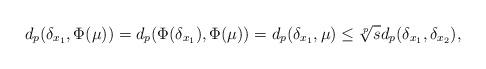
LaTeX: \begin{align*} d_p(\delta_{x_1},\Phi(\mu))=d_p(\Phi(\delta_{x_1}),\Phi(\mu))=d_p(\delta_{x_1},\mu)\leq\sqrt[p]{s}d_p(\delta_{x_1},\delta_{x_2}),\end{align*}